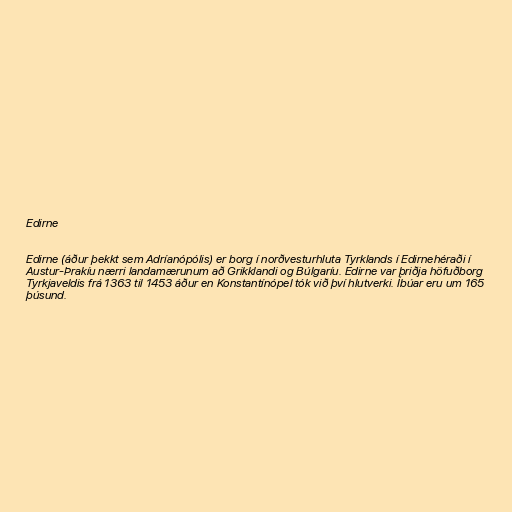
Edirne

Edirne (áður þekkt sem Adríanópólis) er borg í norðvesturhluta Tyrklands í Edirnehéraði í
Austur-Þrakíu nærri landamærunum að Grikklandi og Búlgaríu. Edirne var þriðja höfuðborg
Tyrkjaveldis frá 1363 til 1453 áður en Konstantínópel tók við því hlutverki. Íbúar eru um 165
þúsund.